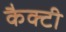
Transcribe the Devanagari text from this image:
कैक्टी